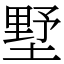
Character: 墅